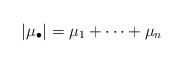
LaTeX: \begin{align*}\lvert \mu_\bullet \rvert=\mu_1 +\dots +\mu_n \end{align*}